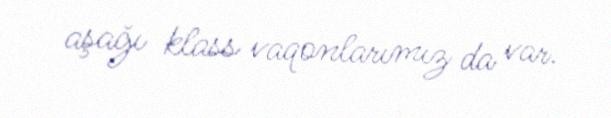
aşağı klass vaqonlarımız da var.